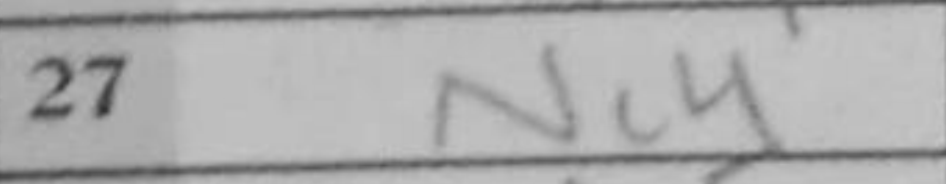
Transcription: Nc4